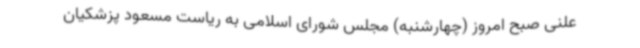
علنی صبح امروز (چهارشنبه) مجلس شورای اسلامی به ریاست مسعود پزشکیان